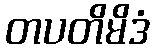
တပတိမိဒံ